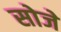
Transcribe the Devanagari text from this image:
सोजे